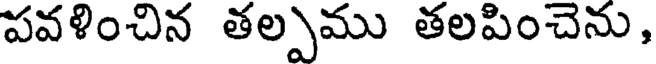
పవళించిన తల్పము తలపించెను,